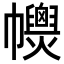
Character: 𢅽